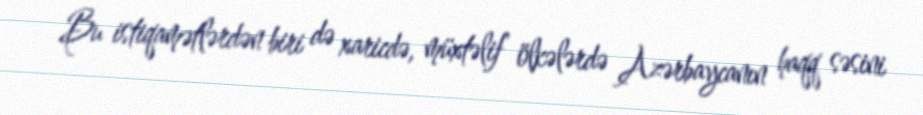
Bu istiqamətlərdən biri də xaricdə, müxtəlif ölkələrdə Azərbaycanın haqq səsini